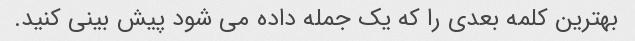
بهترین کلمه بعدی را که یک جمله داده می شود پیش بینی کنید.